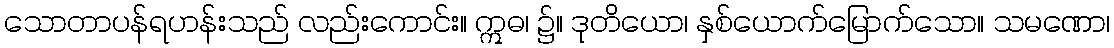
သောတာပန်ရဟန်းသည် လည်းကောင်း။ ဣဓ၊ ၌။ ဒုတိယော၊ နှစ်ယောက်မြောက်သော။ သမဏော၊